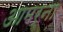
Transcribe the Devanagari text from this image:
आमर्ना